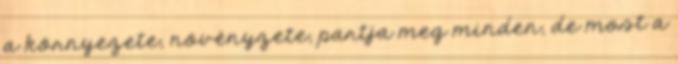
a környezete, növényzete, partja meg minden, de most a